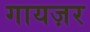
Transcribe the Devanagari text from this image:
गायज़र